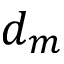
d _ { m }